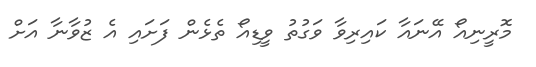
މޮރީނިއޯ އޭނައާ ކައިރިވާ ވަގުތު ވީޑިއޯ ތެެޅެން ފަށައި އެ ޒުވާނާ އަށް